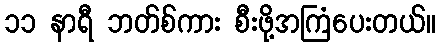
၁၁ နာရီ ဘတ်စ်ကား စီးဖို့အကြံပေးတယ်။